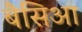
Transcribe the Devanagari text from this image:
बैसिआ